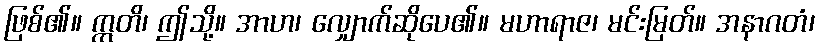
ဖြစ်၏။ ဣတိ၊ ဤသို့။ အာဟ၊ လျှောက်ဆိုပေ၏။ မဟာရာဇ၊ မင်းမြတ်။ အနာဂတံ၊